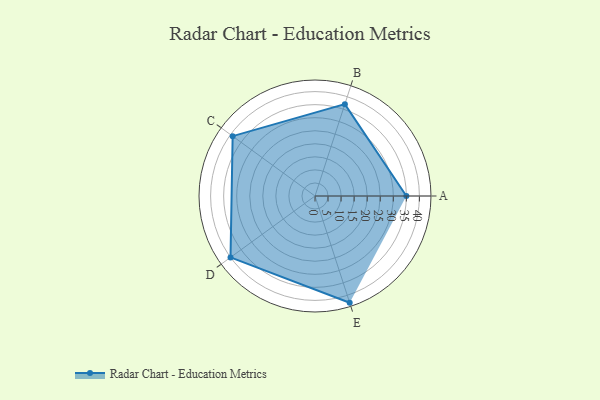
{"axis": {"x": "Skill", "y": "Score"}, "legend": ["Profile"], "data": [{"x": "A", "y": 35.0, "type": "Profile"}, {"x": "B", "y": 37.0, "type": "Profile"}, {"x": "C", "y": 39.0, "type": "Profile"}, {"x": "D", "y": 40.0, "type": "Profile"}, {"x": "E", "y": 43.0, "type": "Profile"}]}